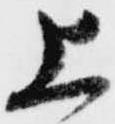
上